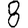
Digit: 8